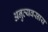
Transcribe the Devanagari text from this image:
अनुव्यवसाय